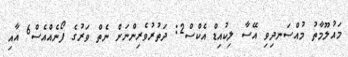
މައުލޫމާތު މުއްސަނދިވި އޭސާ ލިކުއިޑް އެކްސް2: ދަތުރުވެރިންނަށް ނެތް ވަރުގެ ފޯނެއްއެސް6 އާއި